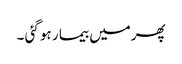
پھرمیں بیما ر ہو گئی ۔